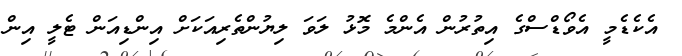
އެކެޑެމީ އެވޯޑްސްގެ އިތުރުން އެންމެ މޮޅު ލަވަ ލިޔުންތެރިއަކަށް އިންޑިއަން ޓެލީ އިން